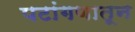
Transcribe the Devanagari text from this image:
पटांगणातून